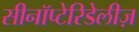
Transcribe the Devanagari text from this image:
सीनॉप्टेरिडेलीज़